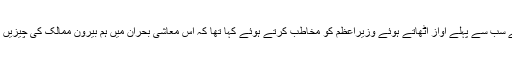
’’ارطغرل غازی‘‘ کو پی ٹی پر پیش کرنے کے خلاف شان نے سب سے پہلے آواز اٹھاتے ہوئے وزیراعظم کو مخاطب کرتے ہوئے کہا تھا کہ اس معاشی بحران میں ہم بیرون ممالک کی چیزیں امپورٹ نہیں کرپارہے تو کیوں ثقافتی امپورٹ کھلی ہوئی ہے۔